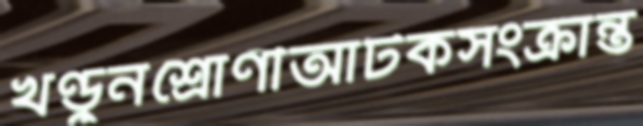
খণ্ডুনশ্রোণীআটকসংক্রান্ত